Plague in India, 1896, 1897 - Volume 4
Year: 1896
Disease focus: Plague
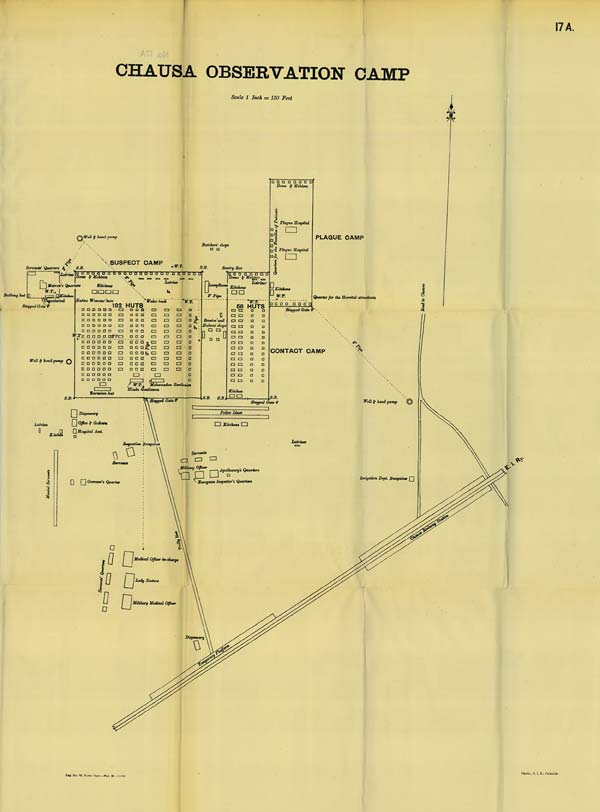
17 A.
CHAUSA OBSERVATION CAMP
Scale 1 Inch = 150 Feet
Photo., S. I. O., Calcutta.
Reg. No. 56, Home Dept.—Feb. 98. -
1,000.